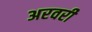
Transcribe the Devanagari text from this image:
अरवरी